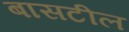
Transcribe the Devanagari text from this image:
बासटील